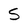
Character: S